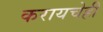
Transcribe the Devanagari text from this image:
करायचेही